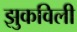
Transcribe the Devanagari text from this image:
झुकविली